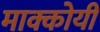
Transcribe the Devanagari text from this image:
माक्कोयी